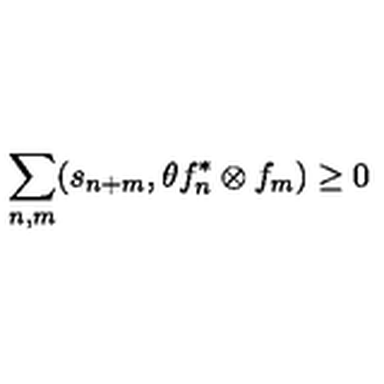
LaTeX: \sum _ { n , m } ( s _ { n + m } , \theta f _ { n } ^ { \ast } \otimes f _ { m } ) \geq 0